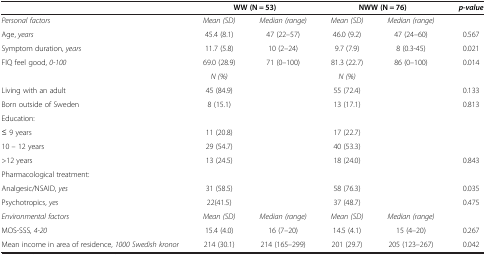
<table><thead><tr><td><b> </b></td><td colspan="2"><b>WW (N = 53)</b></td><td colspan="2"><b>NWW (N = 76)</b></td><td><b><i>p</i>-<i>value</i></b></td></tr></thead><tbody><tr><td><i>Personal factors</i></td><td><i>Mean (SD)</i></td><td><i>Median (range)</i></td><td><i>Mean (SD)</i></td><td><i>Median (range)</i></td><td> </td></tr><tr><td>Age, <i>years</i></td><td>45.4 (8.1)</td><td>47 (22–57)</td><td>46.0 (9.2)</td><td>47 (24–60)</td><td>0.567</td></tr><tr><td>Symptom duration, <i>years</i></td><td>11.7 (5.8)</td><td>10 (2–24)</td><td>9.7 (7.9)</td><td>8 (0.3-45)</td><td>0.021</td></tr><tr><td>FIQ feel good, <i>0-100</i></td><td>69.0 (28.9)</td><td>71 (0–100)</td><td>81.3 (22.7)</td><td>86 (0–100)</td><td>0.014</td></tr><tr><td> </td><td><i>N (%)</i></td><td> </td><td><i>N (%)</i></td><td> </td><td> </td></tr><tr><td>Living with an adult</td><td>45 (84.9)</td><td> </td><td>55 (72.4)</td><td> </td><td>0.133</td></tr><tr><td>Born outside of Sweden</td><td>8 (15.1)</td><td> </td><td>13 (17.1)</td><td> </td><td>0.813</td></tr><tr><td>Education:</td><td> </td><td> </td><td> </td><td> </td><td> </td></tr><tr><td>≤ 9 years</td><td>11 (20.8)</td><td> </td><td>17 (22.7)</td><td> </td><td> </td></tr><tr><td>10 – 12 years</td><td>29 (54.7)</td><td> </td><td>40 (53.3)</td><td> </td><td> </td></tr><tr><td>&gt;12 years</td><td>13 (24.5)</td><td> </td><td>18 (24.0)</td><td> </td><td>0.843</td></tr><tr><td>Pharmacological treatment:</td><td> </td><td> </td><td> </td><td> </td><td> </td></tr><tr><td>Analgesic/NSAID, <i>yes</i></td><td>31 (58.5)</td><td> </td><td>58 (76.3)</td><td> </td><td>0.035</td></tr><tr><td>Psychotropics, <i>yes</i></td><td>22(41.5)</td><td> </td><td>37 (48.7)</td><td> </td><td>0.475</td></tr><tr><td><i>Environmental factors</i></td><td><i>Mean (SD)</i></td><td><i>Median (range)</i></td><td><i>Mean (SD)</i></td><td><i>Median (range)</i></td><td> </td></tr><tr><td>MOS-SSS, <i>4-20</i></td><td>15.4 (4.0)</td><td>16 (7–20)</td><td>14.5 (4.1)</td><td>15 (4–20)</td><td>0.267</td></tr><tr><td>Mean income in area of residence, <i>1000 Swedish kronor</i></td><td>214 (30.1)</td><td>214 (165–299)</td><td>201 (29.7)</td><td>205 (123–267)</td><td>0.042</td></tr></tbody></table>